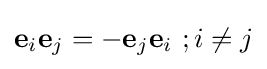
\mathbf {e} _{i}\mathbf {e} _{j}=-\mathbf {e} _{j}\mathbf {e} _{i}\,\,;i\neq j